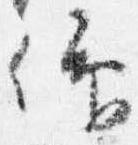
仰